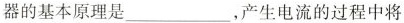
器的基本原理是___，产生电流的过程中将